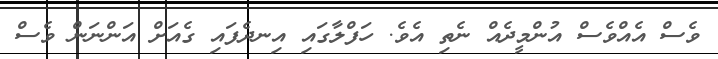
ވެސް އެއްވެސް އުންމީދެއް ނެތި އެވެ. ހަފްލާގައި އިނދެފައި ގެއަށް އަންނަން ވެސް